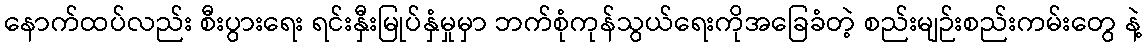
နောက်ထပ်လည်း စီးပွားရေး ရင်းနှီးမြုပ်နှံမှုမှာ ဘက်စုံကုန်သွယ်ရေးကိုအခြေခံတဲ့ စည်းမျဉ်းစည်းကမ်းတွေ နဲ့